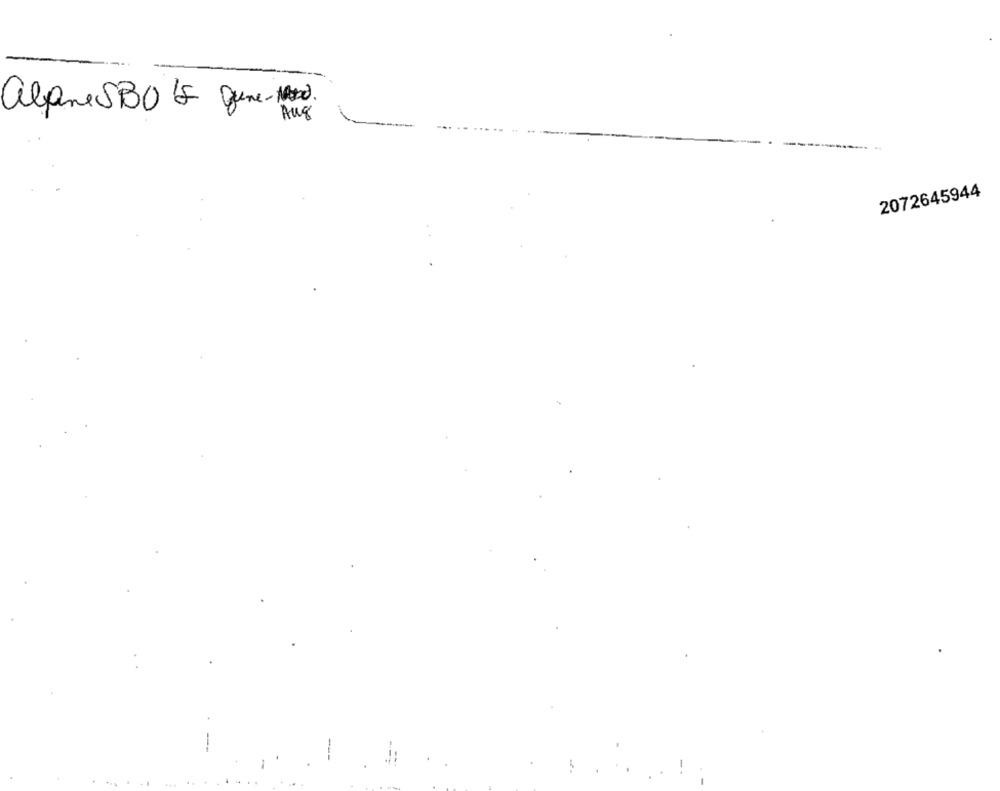
alguresBOL que-1.
2072645944
-